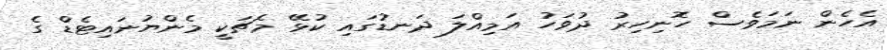
އެހެން ނަމަވެސް ހޮނިހިރު ދުވަހު އަމިއްލަ ދަނޑުގައި ކުޅޭ މެޗަކީ މެންޔުނައިޓެޑް ގެ